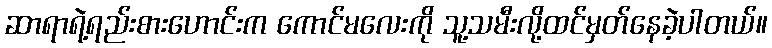
ဆာရာရဲ့ရည်းစားဟောင်းက ကောင်မလေးကို သူ့သမီးလို့ထင်မှတ်နေခဲ့ပါတယ်။